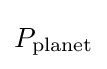
P_{\text{planet}}